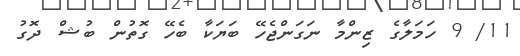
11/ 9 ހަމަލާގެ ޒިންމާ ނަގަންޖެހޭ ބަޔަކާ ބެހޭ ގޮތުން ބުޝް ދޮގު